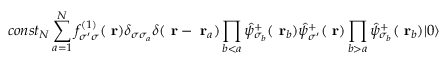
c o n s t _ { N } \sum _ { a = 1 } ^ { N } f _ { \sigma ^ { \prime } \sigma } ^ { ( 1 ) } ( \mathrm { \bf ~ r } ) \delta _ { \sigma \sigma _ { a } } \delta ( \mathrm { \bf ~ r } - \mathrm { \bf ~ r } _ { a } ) \prod _ { b < a } \hat { \psi } _ { \sigma _ { b } } ^ { + } ( \mathrm { \bf ~ r } _ { b } ) \hat { \psi } _ { \sigma ^ { \prime } } ^ { + } ( \mathrm { \bf ~ r } ) \prod _ { b > a } \hat { \psi } _ { \sigma _ { b } } ^ { + } ( \mathrm { \bf ~ r } _ { b } ) | 0 \rangle